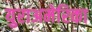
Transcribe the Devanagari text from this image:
युराअमेरिका